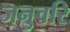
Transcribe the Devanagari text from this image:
जनुवरि